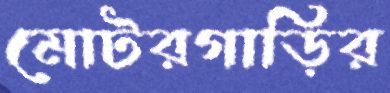
মোটরগাড়ির